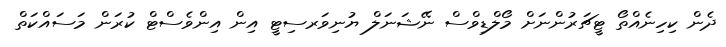
ދެން ކިހިނެއްތޯ ޓީޗަރުންނަށް މޯލްޑިވްސް ނޭޝަނަލް ޔުނިވަރސިޓީ އިން އިންވެސްޓް ކުރަން މަސައްކަތް